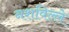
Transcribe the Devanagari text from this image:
नशविल्ले